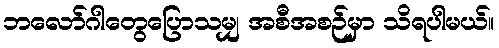
ဘလော်ဂါတွေပြောသမျှ အစီအစဉ်မှာ သိရပါမယ်။